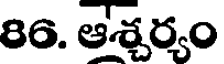
86. ఆశ్చర్యం